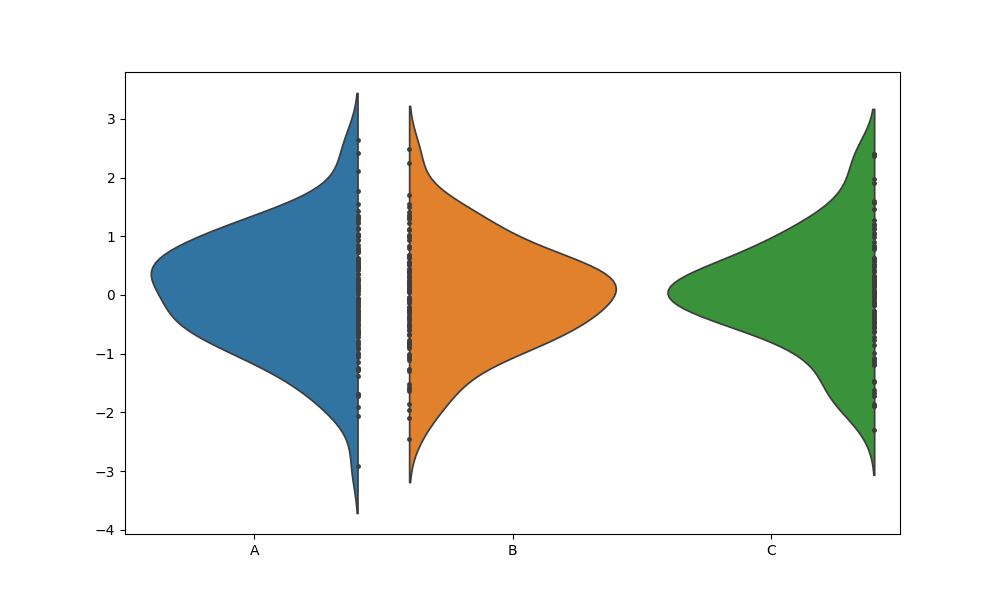
python, seaborn, violinplot, scale='count', split='True', inner='point', fill='True'